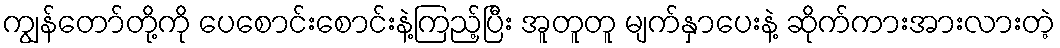
ကျွန်တော်တို့ကို ပေစောင်းစောင်းနဲ့ကြည့်ပြီး အူတူတူ မျက်နှာပေးနဲ့ ဆိုက်ကားအားလားတဲ့